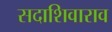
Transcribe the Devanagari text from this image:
सदाशिवाराव